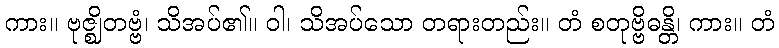
ကား။ ဗုဇ္ဈိတဗ္ဗံ၊ သိအပ်၏။ ဝါ၊ သိအပ်သော တရားတည်း။ တံ စတုဗ္ဗိဓန္တိ၊ ကား။ တံ